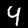
Label: 4